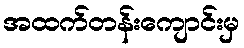
အထက်တန်းကျောင်းမှ